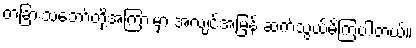
တခြားသဘော်တို့အကြားမှာ အလျင်အမြန် ဆက်သွယ်မိကြပါတယ်။